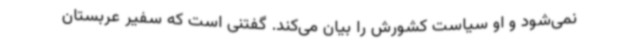
نمی‌شود و او سیاست کشورش را بیان می‌کند. گفتنی است که سفیر عربستان